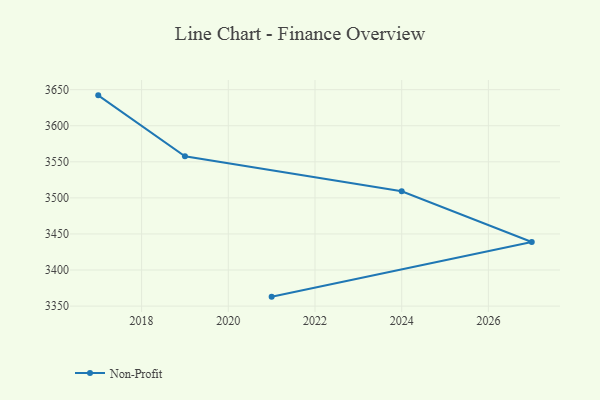
{"axis": {"x": "Year", "y": "Gross Profit (USD K)"}, "legend": ["Non-Profit"], "data": [{"x": "2017", "y": 3642.1, "type": "Non-Profit"}, {"x": "2019", "y": 3557.6, "type": "Non-Profit"}, {"x": "2024", "y": 3509.2, "type": "Non-Profit"}, {"x": "2027", "y": 3438.8, "type": "Non-Profit"}, {"x": "2021", "y": 3363.1, "type": "Non-Profit"}]}